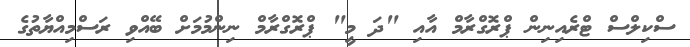
ސްކިލްސް ޓްރެއިނިން ޕްރޮގްރާމް އާއި "ދަ މީ" ޕްރޮގްރާމް ނިންމުމަށް ބޭއްވި ރަސްމިއްޔާތުގެ